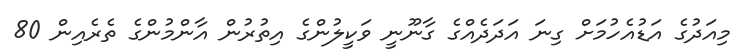
މިއަދުގެ އަޑުއެހުމަށް ގިނަ އަދަދެއްގެ ގާނޫނީ ވަކީލުންގެ އިތުރުން އާންމުންގެ ތެރެއިން 80